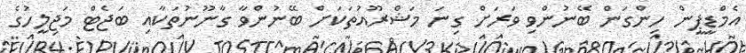
އެމްޑީޕީން ހިންގަން ބޭނުންވި ވަރަށް ގިނަ މަޝްރޫއުތަކަށް ބޭނުންވާ ގާނޫނުތަކާއި ބަޖެޓް މަޖިލީހުގެ